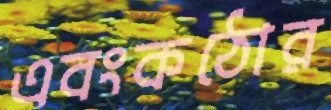
এবংকঠোর